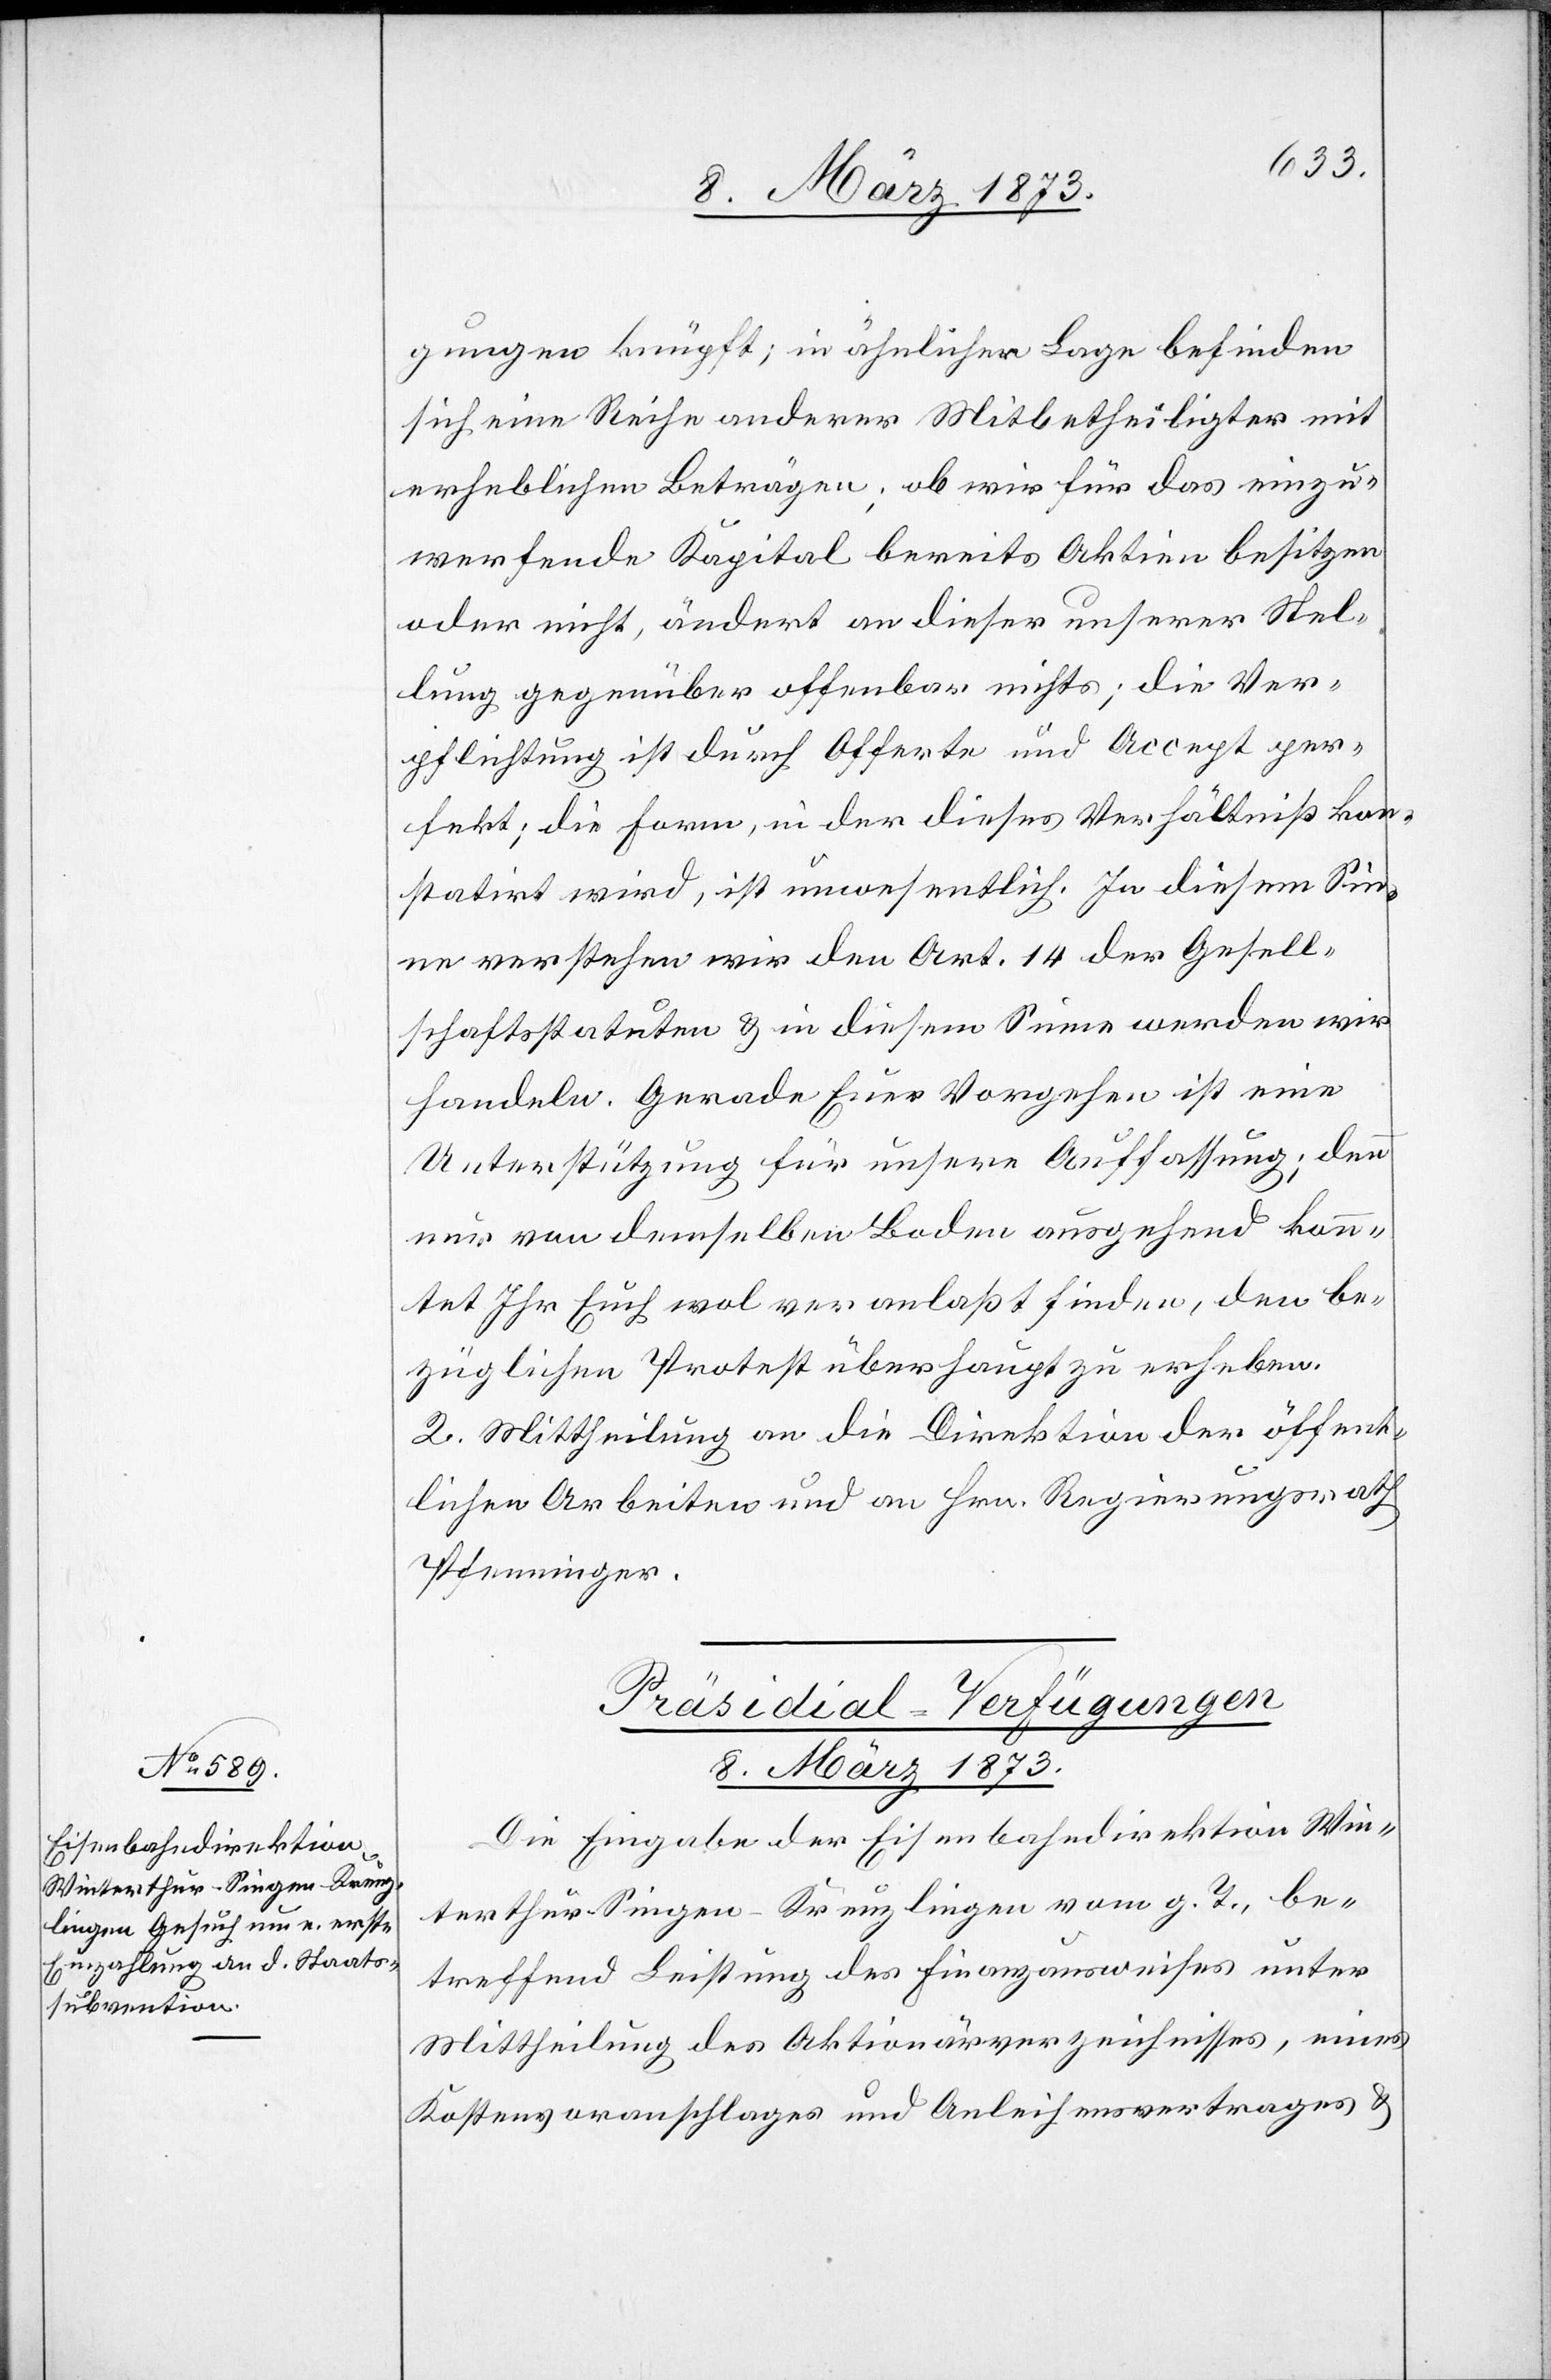
gungen knüpft; in ähnlicher Lage befinden
sich eine Reihe anderer Mitbetheiligter mit
erheblichen Beträgen; ob wir für das einzu¬
werfende Kapital bereits Aktien besitzen
oder nicht, ändert an dieser unserer Stel¬
lung gegenüber offenbar nichts; die Ver¬
pflichtung ist durch Offerte und Accept per¬
fekt; die Form, in der dieses Verhältniß kon¬
statirt wird, ist unwesentlich. In diesem Sin¬
ne verstehen wir den Art. 14 der Gesell¬
schaftsstatuten u. in diesem Sinne werden wir
handeln. Gerade Euer Vorgehen ist eine
Unterstützung für unsere Auffassung; denn
nur von demselben Boden ausgehend konn¬
tet Ihr Euch wol veranlaßt finden, den be¬
züglichen Protest überhaupt zu erheben.
2. Mittheilung an die Direktion der öffent¬
lichen Arbeiten und an Hrn. Regierungsrath
Pfenninger.
Präsidial-Verfügungen.
8. März 1873.
Die Eingabe der Eisenbahndirektion Win¬
terthur–Singen–Kreuzlingen vom g. T., be¬
treffend Leistung des Finanzausweises unter
Mittheilung des Aktionärverzeichnisses, eines
Kostenvoranschlages und Anleihensvertrages u.